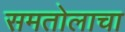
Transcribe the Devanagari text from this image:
समतोलाचा